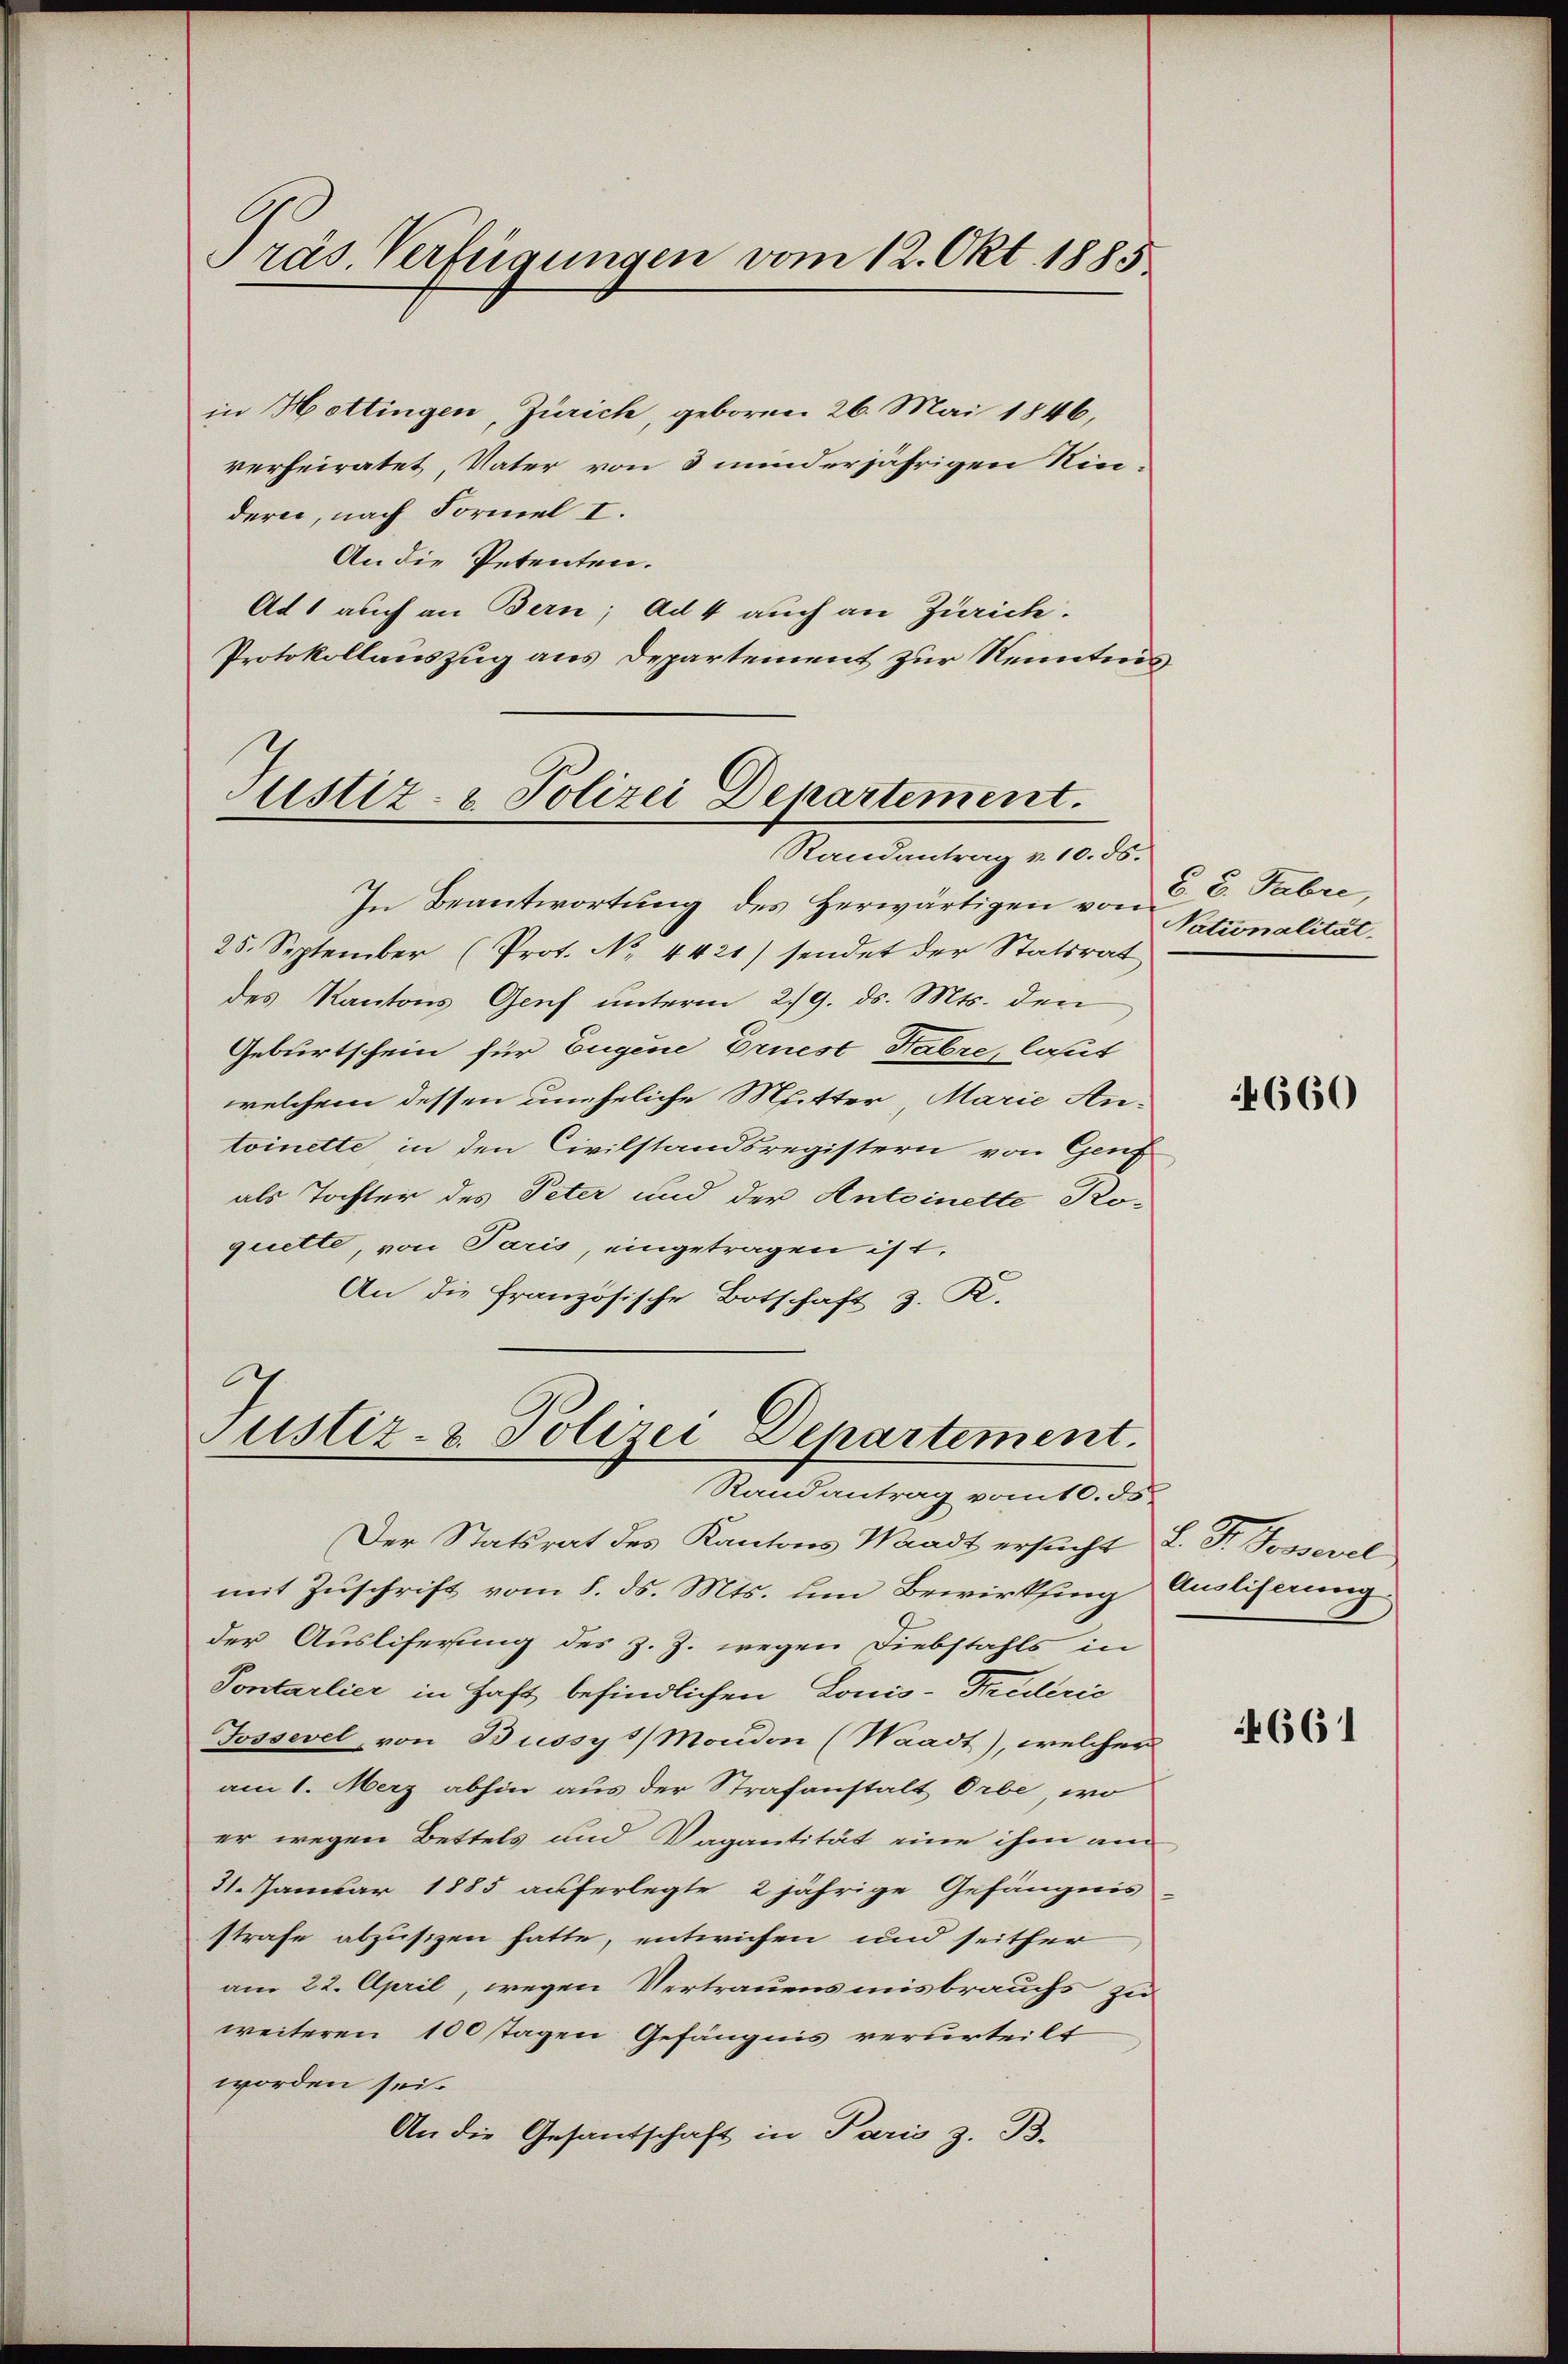
Präs. Verfügungen vom 12. Okt. 1885.

in Hottingen, Zürich, geboren 26. Mai 1846,
verheiratet, Vater von 3 minderjährigen Ninderen, nach Formel I.
An die Petenten.
Ad 1 auch an Bern; ad 4 auch an Zürich.
Protokollauszug aus Departement zur Kenntnis

Justiz- & Polizei Departement.
Randantrag v. 10. ds.

In Beantwortŭng des herwärtigen von Nationalität
25. September (Prot. No. 4421) sendet der Statsrat
des Kantons Genf unterm 2./9. ds. Mts. den
Geburtschein für Eugene Ernest Stabre, laut
welchem dessen uneheliche Mitter, Marie Antoinette in den Civilstandsregistern von Genf
als Tochter des Peter und der Anteinette Koquette, von Paris, eingetragen ist.
An die Französische Botschaft z. R.

Justiz- & Polizei Departement.
Randantrag vom 10. ds.

Der Statsrat des Kantons Waadt ersucht L. F. Possevel
mit Zuschrift vom 8. ds. Mts. um Bewirksing Ausliserung
der Ausliferung des z. Z. wegen Diebstahls in
Sontarlier in Haft befindlichen Louis-Truderić
Jossevel, von Bussy 1/ Moudon (Waadt), welcher
am 1. Merz abhin aus der Strafanstalt Orbe, wo
er wegen Bettels und Vagantität eine ihm am
31. Januar 1885 auferlegte 2 jährige Gefängnis
strafe abzusizen hatte, entwichen und seither
am 22. April, wegen Vertrauensmisbrauchs zu
weiteren 100 tagen Gefängnis verurteilt
worden sei.
An die Gesandschaft in Paris z. B.

§ 8. Fabri,

4660

4661